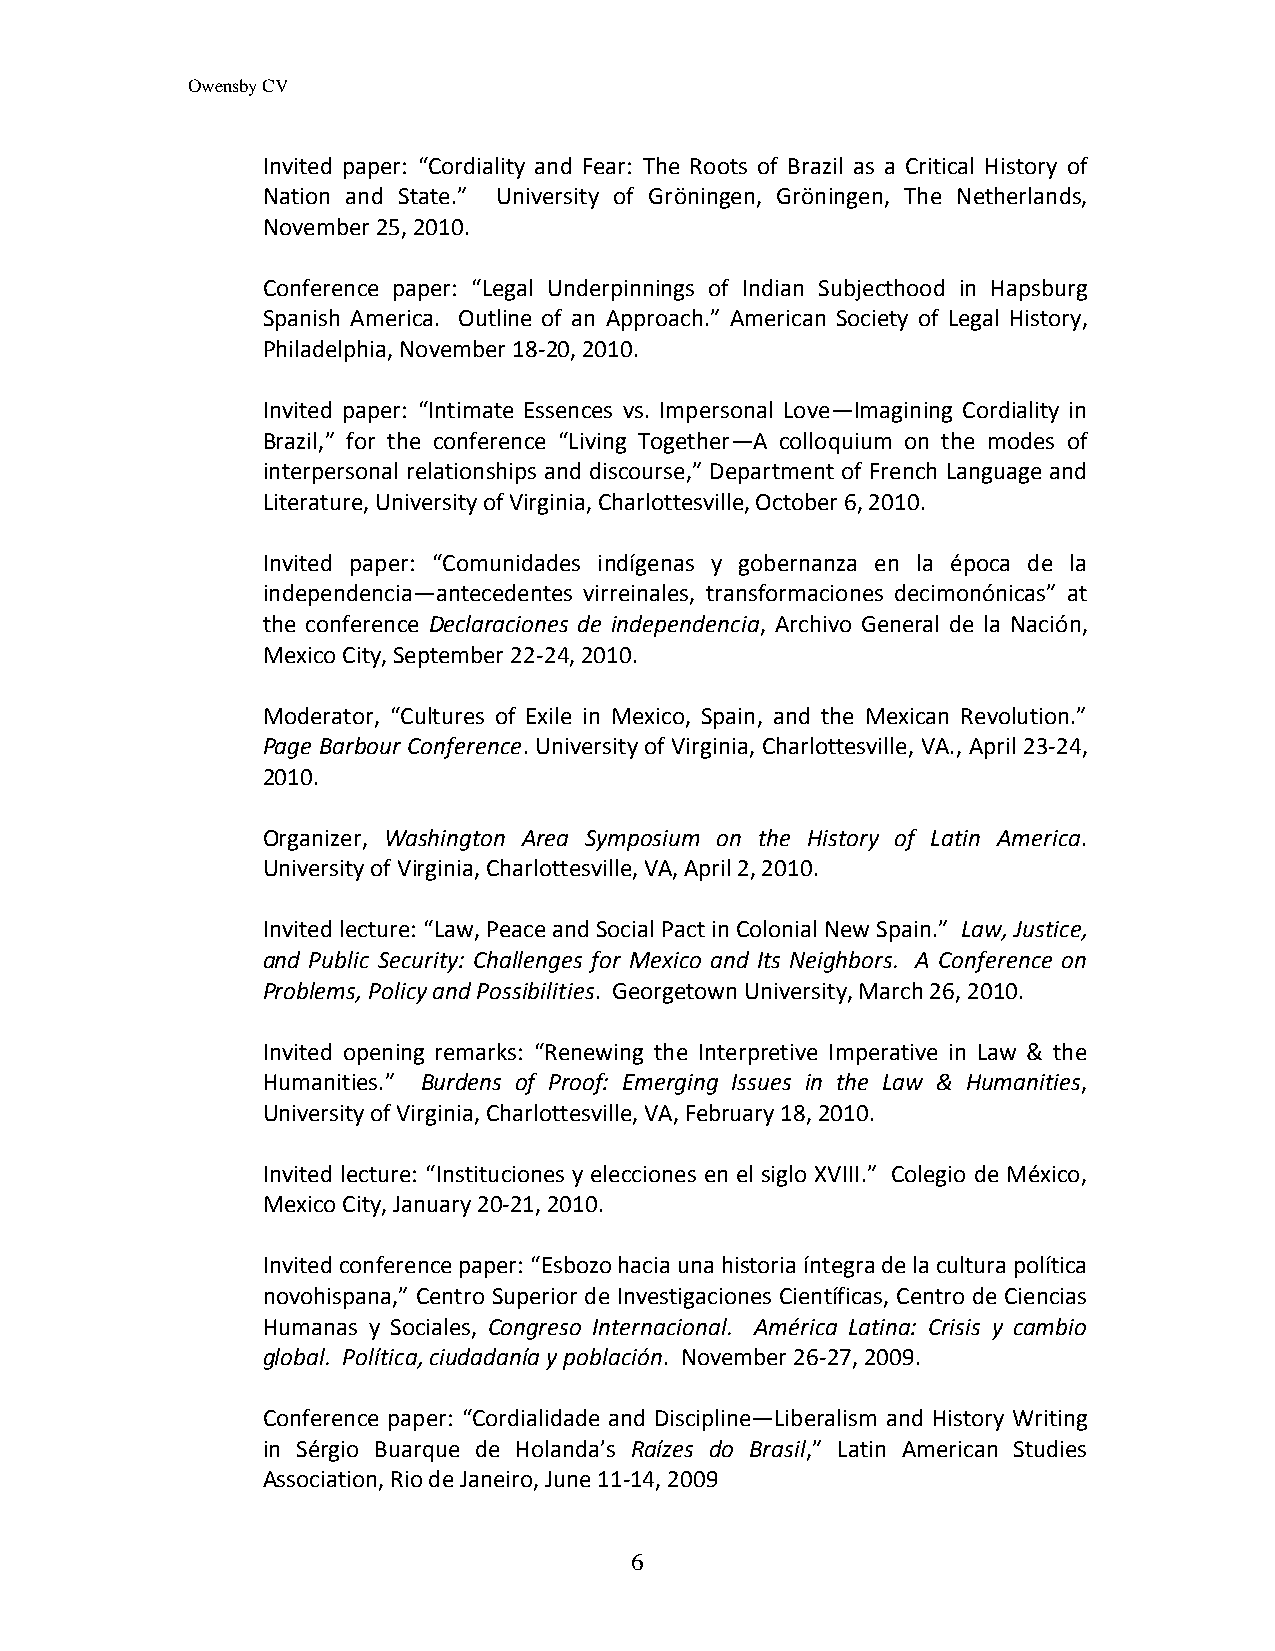
Owensby CV
 Invited paper: “Cordiality and Fear: The Roots of Brazil as a Critical History of
 Nation and State.” University of Gröningen, Gröningen, The Netherlands,
 November 25, 2010.
 Conference paper: “Legal Underpinnings of Indian Subjecthood in Hapsburg
 Spanish America. Outline of an Approach.” American Society of Legal History,
 Philadelphia, November 18-20, 2010.
 Invited paper: “Intimate Essences vs. Impersonal Love—Imagining Cordiality in
 Brazil,” for the conference “Living Together—A colloquium on the modes of
 interpersonal relationships and discourse,” Department of French Language and
 Literature, University of Virginia, Charlottesville, October 6, 2010.
 Invited paper: “Comunidades indígenas y gobernanza en la época de la
 independencia—antecedentes virreinales, transformaciones decimonónicas” at
 the conference Declaraciones de independencia, Archivo General de la Nación,
 Mexico City, September 22-24, 2010.
 Moderator, “Cultures of Exile in Mexico, Spain, and the Mexican Revolution.”
 Page Barbour Conference. University of Virginia, Charlottesville, VA., April 23-24,
 2010.
 Organizer, Washington Area Symposium on the History of Latin America.
 University of Virginia, Charlottesville, VA, April 2, 2010.
 Invited lecture: “Law, Peace and Social Pact in Colonial New Spain.” Law, Justice,
 and Public Security: Challenges for Mexico and Its Neighbors. A Conference on
 Problems, Policy and Possibilities. Georgetown University, March 26, 2010.
 Invited opening remarks: “Renewing the Interpretive Imperative in Law & the
 Humanities.” Burdens of Proof: Emerging Issues in the Law & Humanities,
 University of Virginia, Charlottesville, VA, February 18, 2010.
 Invited lecture: “Instituciones y elecciones en el siglo XVIII.” Colegio de México,
 Mexico City, January 20-21, 2010.
 Invited conference paper: “Esbozo hacia una historia íntegra de la cultura política
 novohispana,” Centro Superior de Investigaciones Científicas, Centro de Ciencias
 Humanas y Sociales, Congreso Internacional. América Latina: Crisis y cambio
 global. Política, ciudadanía y población. November 26-27, 2009.
 Conference paper: “Cordialidade and Discipline—Liberalism and History Writing
 in Sérgio Buarque de Holanda’s Raízes do Brasil,” Latin American Studies
 Association, Rio de Janeiro, June 11-14, 2009
 6